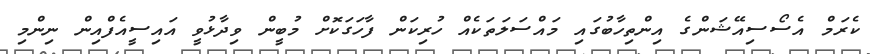
ކެރަމް އެސޯސިއޭޝަންގެ އިންތިހާބުގައި މައްސަލަތަކެއް ހުރިކަން ފާހަގަކޮށް މުބީން ވިދާޅުވީ އައިސީއެފްއިން ނިންމި